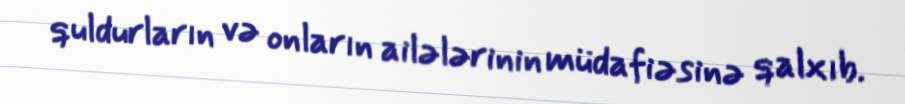
quldurların və onların ailələrinin müdafiəsinə qalxıb.